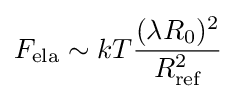
F_{\text{ela}}\sim kT{\frac {(\lambda R_{0})^{2}}{R_{\text{ref}}^{2}}}